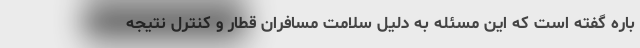
باره گفته است که این مسئله به دلیل سلامت مسافران قطار و کنترل نتیجه